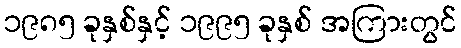
၁၉၈၅ ခုနှစ်နှင့် ၁၉၉၅ ခုနှစ် အကြားတွင်